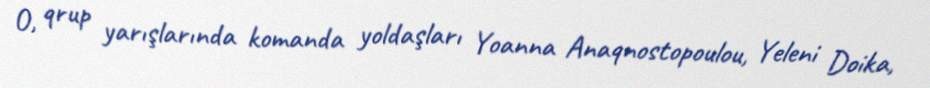
O, qrup yarışlarında komanda yoldaşları Yoanna Anaqnostopoulou, Yeleni Doika,